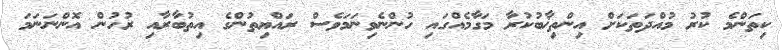
ކިތަންމެ ކުރު މުއްދަތަކަށް އިންތިޚާބުކުރާ މަގާމެއްގައި ހުންނެވިނަމަވެސް ރައްޔިތުންގެ އިތުބާރާއި ރުހުން އޮންނަނަމަ